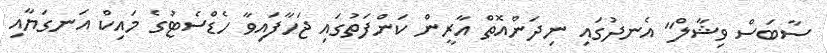
ސާބަސް ވިޝާލް" އެނދުގައި ނިދަންއޮތް އާރީން ކަންފަތުގައި ޖަހާފައިވާ ހެޑްސެޓުގެ މައިކް އަނގަޔާއި